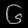
Digit: ၆